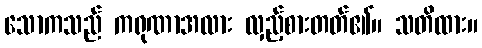
သောကသည် ကရုဏာအလား လှည့်စားတတ်၏။ သတိထား။